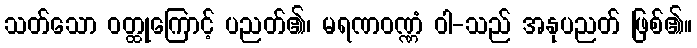
သတ်သော ဝတ္ထုကြောင့် ပညတ်၏၊ မရဏဝဏ္ဏံ ဝါ-သည် အနုပညတ် ဖြစ်၏။